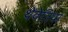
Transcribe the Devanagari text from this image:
थेवेतिया